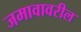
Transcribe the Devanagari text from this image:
जमावावरील